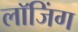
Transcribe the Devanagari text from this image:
लाॅजिंग